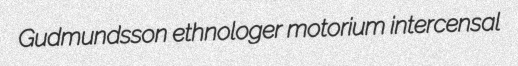
Gudmundsson ethnologer motorium intercensal